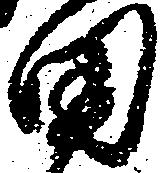
田